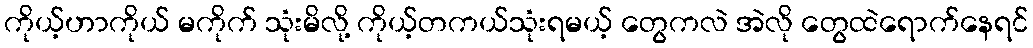
ကိုယ့်ဟာကိုယ် မကိုက် သုံးမိလို့ ကိုယ့်တကယ်သုံးရမယ့် တွေကလဲ အဲလို တွေထဲရောက်နေရင်